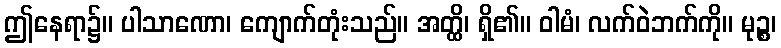
ဤနေရာ၌။ ပါသာဏော၊ ကျောက်တုံးသည်။ အတ္ထိ၊ ရှိ၏။ ဝါမံ၊ လက်ဝဲဘက်ကို။ မုဉ္စ၊